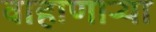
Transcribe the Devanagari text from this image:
वाहाणाऱ्या